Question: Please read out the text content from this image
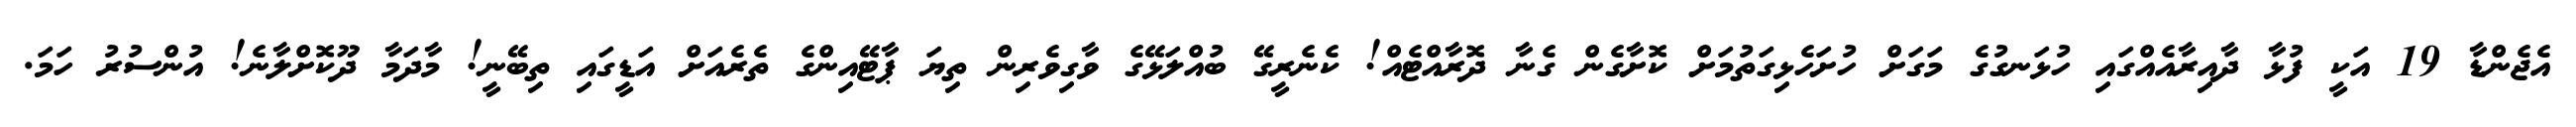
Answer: އެޖެންޑާ 19 އަކީ ފުޅާ ދާއިރާއެއްގައި ހުޅަނގުގެ މަގަށް ހުށަހެޅިގަތުމަށް ކޮށާގެން ގެނާ ދޮރާއްޓެއް! ކެނެރީގޭ ބުއްލަޅޭގެ ވާގިވެރިން ތިޔަ ޕާޓޭއިންގެ ތެރެއަށް އަޑީގައި ތިބޭނީ! މާދަމާ ދޫކޮށްލާނެ! އުންސުރު ހަމަ.